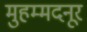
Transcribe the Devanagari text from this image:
मुहम्मदनूर